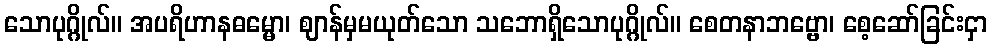
သောပုဂ္ဂိုလ်။ အပရိဟာနဓမ္မော၊ ဈာန်မှမယုတ်သော သဘောရှိသောပုဂ္ဂိုလ်။ စေတနာဘဗ္ဗော၊ စေ့ဆော်ခြင်းငှာ